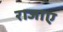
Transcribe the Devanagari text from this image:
राजाए